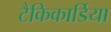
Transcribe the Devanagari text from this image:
टैकिकार्डिया